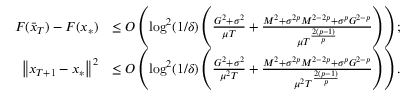
\begin{array} { r l } { F ( \bar { x } _ { T } ) - F ( x _ { * } ) } & { \leq O \left( \log ^ { 2 } ( 1 / \delta ) \left( \frac { G ^ { 2 } + \sigma ^ { 2 } } { \mu T } + \frac { M ^ { 2 } + \sigma ^ { 2 p } M ^ { 2 - 2 p } + \sigma ^ { p } G ^ { 2 - p } } { \mu T ^ { \frac { 2 ( p - 1 ) } { p } } } \right) \right) ; } \\ { \left\Vert x _ { T + 1 } - x _ { * } \right\Vert ^ { 2 } } & { \leq O \left( \log ^ { 2 } ( 1 / \delta ) \left( \frac { G ^ { 2 } + \sigma ^ { 2 } } { \mu ^ { 2 } T } + \frac { M ^ { 2 } + \sigma ^ { 2 p } M ^ { 2 - 2 p } + \sigma ^ { p } G ^ { 2 - p } } { \mu ^ { 2 } T ^ { \frac { 2 ( p - 1 ) } { p } } } \right) \right) . } \end{array}